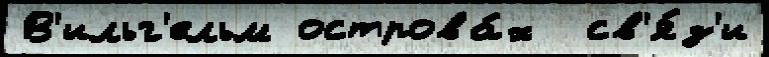
В'ильг'ельм острова́х  св'я́з'и